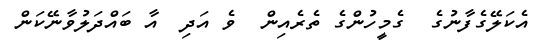
އެކަލޭގެފާނުގެ  ގެމީހުންގެ ތެރެއިން  ވެ އަދި  އާ ބައްދަލުވާނޭކަން